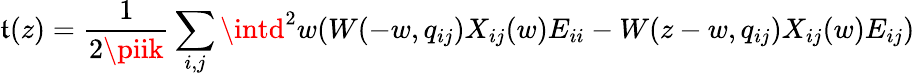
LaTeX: \mathfrak{t}(z)=\frac{1}{{2\piik}}\sum_{i,j}\intd^{2}w(W(-w,q_{ij})X_{ij}(w)E_{ii}-W(z-w,q_{ij})X_{ij}(w)E_{ij})